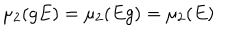
\mu _ { 2 } ( g E ) = \mu _ { 2 } ( E g ) = \mu _ { 2 } ( E )